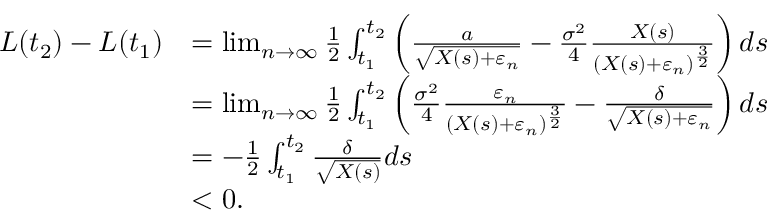
\begin{array} { r l } { L ( t _ { 2 } ) - L ( t _ { 1 } ) } & { = \operatorname* { l i m } _ { n \to \infty } \frac { 1 } { 2 } \int _ { t _ { 1 } } ^ { t _ { 2 } } \left( \frac { a } { \sqrt { X ( s ) + \varepsilon _ { n } } } - \frac { \sigma ^ { 2 } } { 4 } \frac { X ( s ) } { ( X ( s ) + \varepsilon _ { n } ) ^ { \frac { 3 } { 2 } } } \right) d s } \\ & { = \operatorname* { l i m } _ { n \to \infty } \frac { 1 } { 2 } \int _ { t _ { 1 } } ^ { t _ { 2 } } \left( \frac { \sigma ^ { 2 } } { 4 } \frac { \varepsilon _ { n } } { ( X ( s ) + \varepsilon _ { n } ) ^ { \frac { 3 } { 2 } } } - \frac { \delta } { \sqrt { X ( s ) + \varepsilon _ { n } } } \right) d s } \\ & { = - \frac { 1 } { 2 } \int _ { t _ { 1 } } ^ { t _ { 2 } } \frac { \delta } { \sqrt { X ( s ) } } d s } \\ & { < 0 . } \end{array}